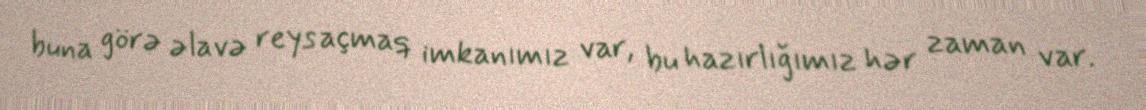
buna görə əlavə reys açmaq imkanımız var, bu hazırlığımız hər zaman var.